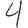
Digit: 4